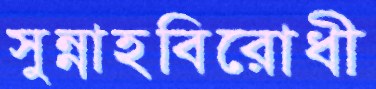
সুন্নাহবিরোধী